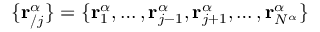
\{ \mathbf { r } _ { / j } ^ { \alpha } \} = \{ \mathbf { r } _ { 1 } ^ { \alpha } , \dots , \mathbf { r } _ { j - 1 } ^ { \alpha } , \mathbf { r } _ { j + 1 } ^ { \alpha } , \dots , \mathbf { r } _ { { N } ^ { \alpha } } ^ { \alpha } \}